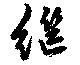
継